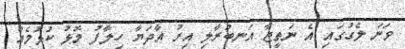
ވަނަ ލެގުގައި އެ ނަތީޖާ އަނބުރާލި އިރު އާދަޔާ ހިލާފު މޮޅު ކުޅުމެއް